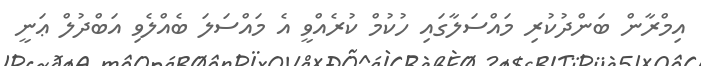
އިމްރާން ބަންދުކުރި މައްސަލާގައި ހުކުމް ކުރެއްވީ އެ މައްސަލަ ބެއްލެވި އަބްދުލް ޢަނީ